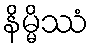
နိမ္မိဿံ